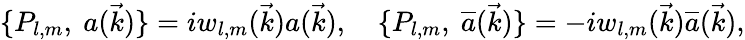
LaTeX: \{ P_{l,m},\ a(\vec{k})\} =iw_{l,m}(\vec{k})a(\vec{k}),\quad\{ P_{l,m},\ {\overline{{{a}}}}(\vec{k})\} =-iw_{l,m}(\vec{k}){\overline{{{a}}}}(\vec{k}),